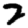
Digit: 2